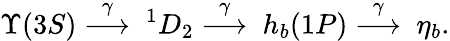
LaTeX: \Upsilon(3S)\stackrel{\gamma}{\longrightarrow}~^{1}D_{2}\stackrel{\gamma}{\longrightarrow}~h_{b}(1P)\stackrel{\gamma}{\longrightarrow}~\eta_{b}.